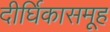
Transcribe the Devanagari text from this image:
दीर्घिकासमूह